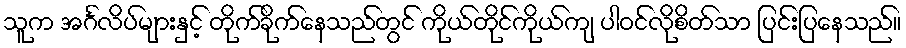
သူက အင်္ဂလိပ်များနှင့် တိုက်ခိုက်နေသည်တွင် ကိုယ်တိုင်ကိုယ်ကျ ပါဝင်လိုစိတ်သာ ပြင်းပြနေသည်။